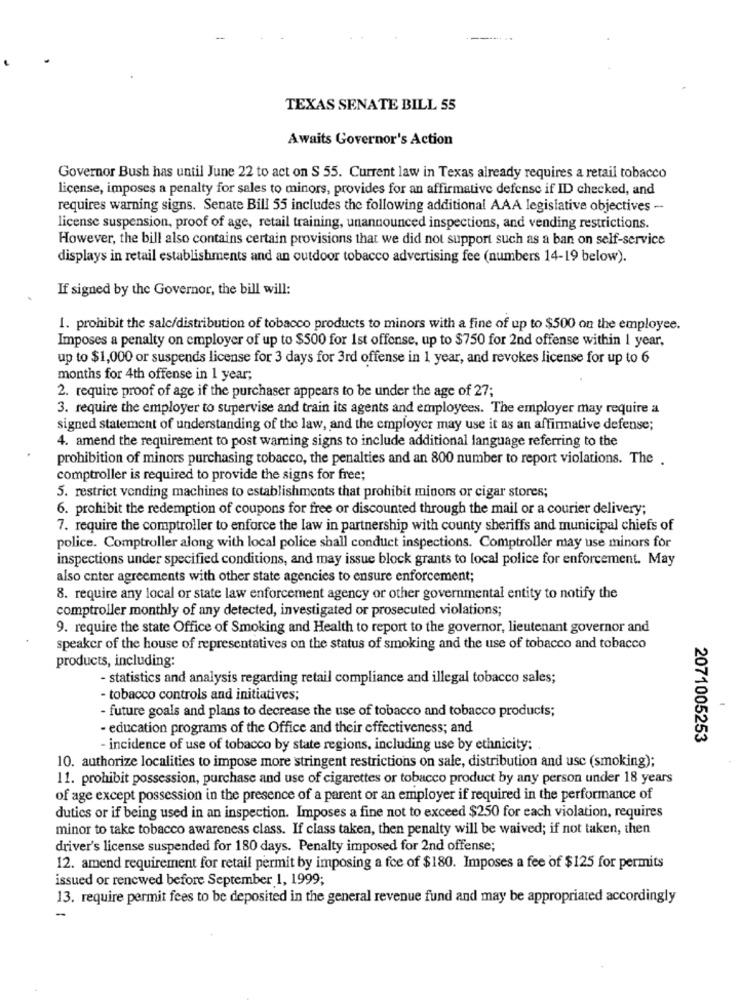
TEXAS SENATE BILL 55
Awaits Governor's Action
Governor Bush has until June 22 to act on S 55. Current law in Texas already requires a retail tobacco
license, imposes a penalty for sales to minors, provides for an affirmative defense if ID checked, and
requires warning signs. Senate Bill 55 includes the following additional AAA legislative objectives -
license suspension, proof of age, retail training, unannounced inspections, and vending restrictions.
However, the bill also contains certain provisions that we did not support such as a ban on self-service
displays in retail establishments and an outdoor tobacco advertising fee (numbers 14-19 below).
If signed by the Governor, the bill will:
1. prohibit the salc/distribution of tobacco products to minors with a fine of up to $500 on the employee.
Imposes a penalty on employer of up to $500 for 1st offense, up to $750 for 2nd offense within 1 year.
up to $1,000 or suspends license for 3 days for 3rd offense in 1 year, and revokes license for up to 6
months for 4th offense in 1 year;
2. require proof of age if the purchaser appears to be under the age of 27;
3. require the employer to supervise and train its agents and employees. The employer may require a
signed statement of understanding of the law, and the employer may use it as an affirmative defense;
4. amend the requirement to post warning signs to include additional language referring to the
prohibition of minors purchasing tobacco, the penalties and an 800 number to report violations. The .
comptroller is required to provide the signs for free;
5. restrict vending machines to establishments that prohibit minors or cigar stores;
6. prohibit the redemption of coupons for free or discounted through the mail or a courier delivery;
7. require the comptroller to enforce the law in partnership with county sheriffs and municipal chiefs of
police. Comptroller along with local police shall conduct inspections. Comptroller may use minors for
inspections under specified conditions, and may issue block grants to local police for enforcement. May
also enter agreements with other state agencies to ensure enforcement;
8. require any local or state law enforcement agency or other governmental entity to notify the
comptroller monthly of any detected, investigated or prosecuted violations;
9. require the state Office of Smoking and Health to report to the governor, lieutenant governor and
speaker of the house of representatives on the status of smoking and the use of tobacco and tobacco
products, including:
- statistics and analysis regarding retail compliance and illegal tobacco sales;
- tobacco controls and initiatives;
- future goals and plans to decrease the use of tobacco and tobacco products;
- education programs of the Office and their effectiveness; and
2071005253
- incidence of use of tobacco by state regions, including use by ethnicity:
10. authorize localities to impose more stringent restrictions on sale, distribution and use (smoking);
11. prohibit possession, purchase and use of cigarettes or tobacco product by any person under 18 years
of age except possession in the presence of a parent or an employer if required in the performance of
duties or if being used in an inspection. Imposes a fine not to exceed $250 for each violation, requires
minor to take tobacco awareness class. If class taken, then penalty will be waived; if not taken, then
driver's license suspended for 180 days. Penalty imposed for 2nd offense;
12. amend requirement for retail permit by imposing a fce of $180. Imposes a fee of $125 for permits
issued or renewed before September 1, 1999;
13. require permit fees to be deposited in the general revenue fund and may be appropriated accordingly